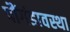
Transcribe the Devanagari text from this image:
पौंगंडावस्था